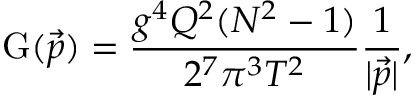
\mathrm { G } ( \vec { p } ) = \frac { g ^ { 4 } Q ^ { 2 } ( N ^ { 2 } - 1 ) } { 2 ^ { 7 } \pi ^ { 3 } T ^ { 2 } } \frac { 1 } { | \vec { p } | } ,